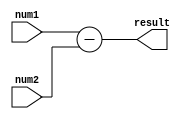
module Subtractor(input [7:0] num1, num2,
                    output reg [7:0] result);

always @(*) begin
    result = num1 - num2;
end

endmodule